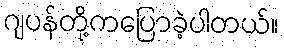
ဂျပန်တို့ကပြောခဲ့ပါတယ်။